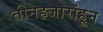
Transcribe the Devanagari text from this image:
तीनहजारांहून